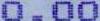
0.00